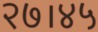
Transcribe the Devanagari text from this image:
२७।४५